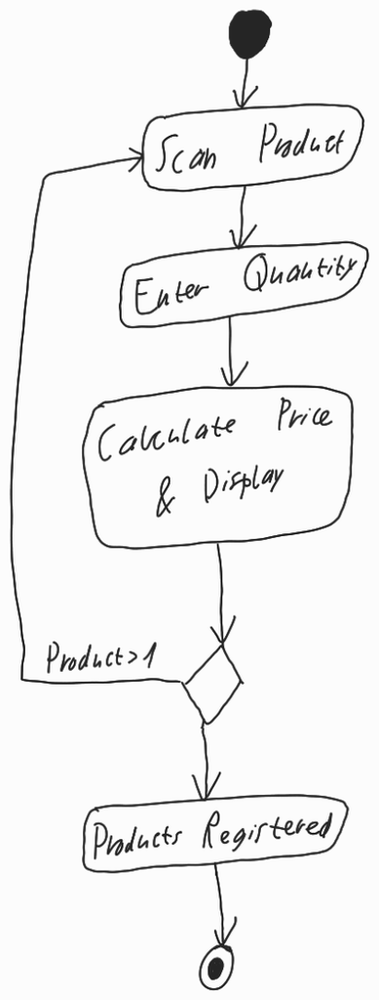
Diagram type: activity_diagram
```plantuml
@startuml

start

repeat:Scan Product;
  :Enter Quantity;
  :Calculate Price & Display;
repeat while () is (Product > 1)

:Products Registered;

stop

@enduml
```